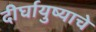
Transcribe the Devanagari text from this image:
दीर्घायुष्याचे